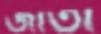
জাতী